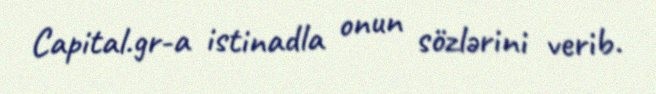
Capital.gr-a istinadla onun sözlərini verib.